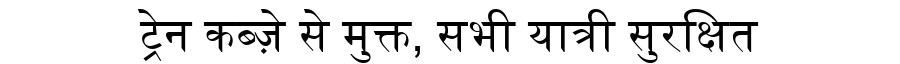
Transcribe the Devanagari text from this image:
ट्रेन कब्ज़े से मुक्त, सभी यात्री सुरक्षित